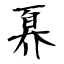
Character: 奡